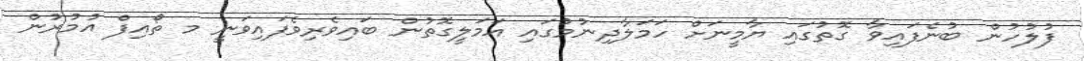
ފުލުހުން ބުނެފައިވާ ގޮތުގައި ޔާމީނަށް ހަމަލާދިނުމުގައި އަމަލީގޮތުން ބައިވެރިވެފައިވަނީ މ ތޯއިފް އުމުރުން